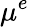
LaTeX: \mu^{e}